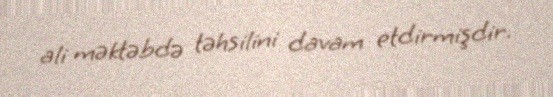
ali məktəbdə təhsilini davam etdirmişdir.